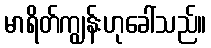
မာရိတ်ကျွန်းဟုခေါ်သည်။